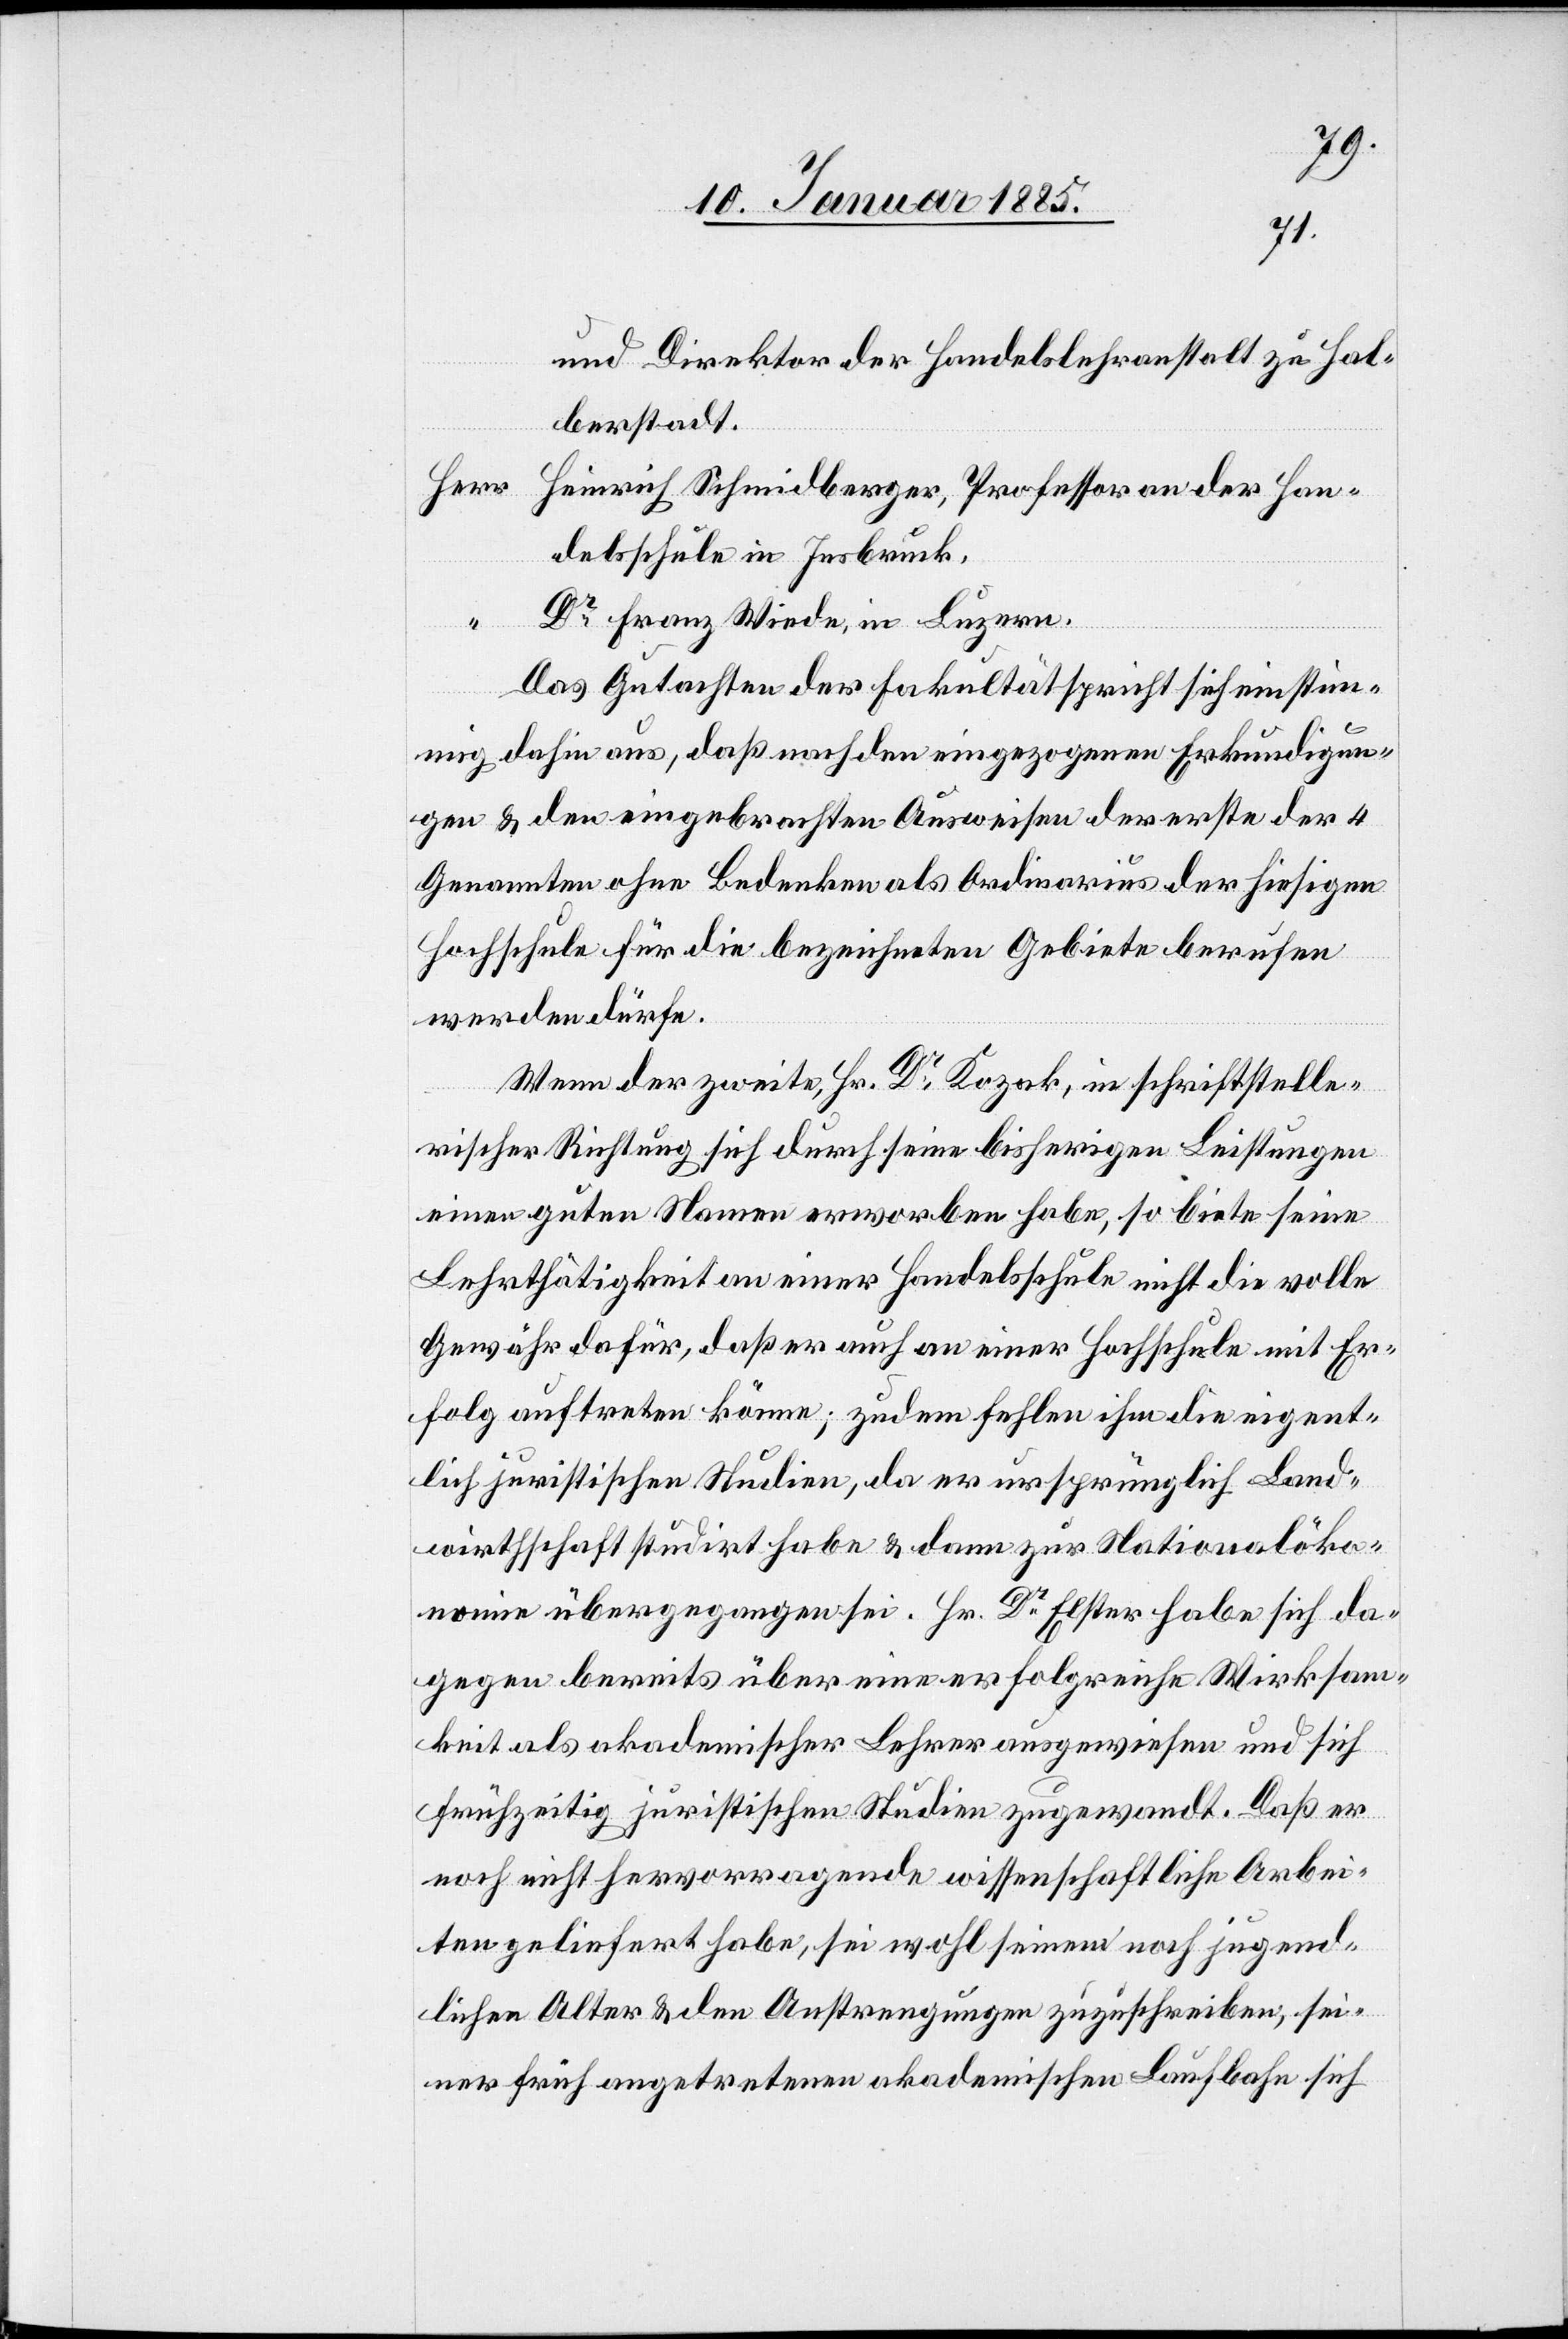
und Direktor der Handelslehranstalt zu Hal¬
berstadt.
Herr
Heinrich Schmidberger, Professor an der Han¬
delsschule in Insbruck.
Dr Franz Wiede, in Luzern.
Das Gutachten der Fakultät spricht sich einstim¬
mig dahin aus, daß nach den eingezogenen Erkundigun¬
gen & den eingebrachten Ausweisen der erste der 4
Genannten ohne Bedenken als Ordinarius der hiesigen
Hochschule für die bezeichneten Gebiete berufen
werden dürfe.
Wenn der zweite, Hr. Dr Kozak, in schriftstelle¬
rischer Richtung sich durch seine bisherigen Leistungen
einen guten Namen erworben habe, so biete seine
Lehrthätigkeit an einer Handelsschule nicht die volle
Gewähr dafür, daß er auch an einer Hochschule mit Er¬
folg auftreten könne; zudem fehlen ihm die eigent¬
lich juristischen Studien, da er ursprünglich Land¬
wirtschaft studirt habe & dann zur Nationalöko¬
nomie übergegangen sei. Hr. Dr Elster habe sich da¬
gegen bereits über eine erfolgreiche Wirksam¬
keit als akademischer Lehrer ausgewiesen und sich
frühzeitig juristischen Studien zugewandt. Daß er
noch nicht hervorragende wissenschaftliche Arbei¬
ten geliefert habe, sei wohl seinem noch jugend¬
lichen Alter & den Anstrengungen zuzuschreiben, sei¬
ner früh angetretenen akademischen Laufbahn sich